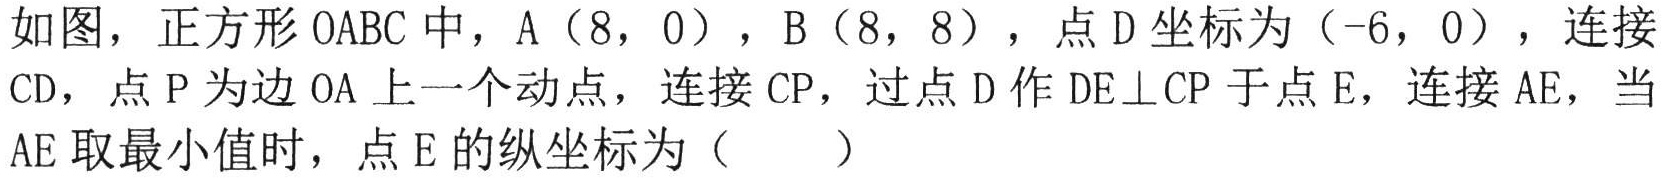
如图，正方形\(OABC\)中，\(A(8,0)\)，\(B(8,8)\)，点\(D\)坐标为\((-6,0)\)，连接\(CD\)，点\(P\)为边\(OA\)上一个动点，连接\(CP\)，过点\(D\)作\(DE\perp CP\)于点\(E\)，连接\(AE\)，当\(AE\)取最小值时，点\(E\)的纵坐标为（  ）